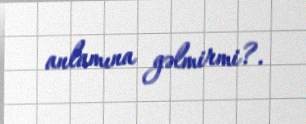
anlamına gəlmirmi?.